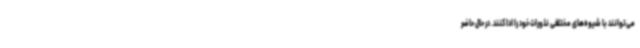
می‌توانند با شیوه‌های مختلفی نذورات خود را ادا کنند. در حال حاضر